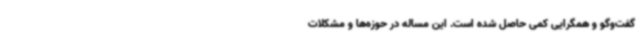
گفت‌وگو و همگرایی کمی حاصل شده است. این مساله در حوزه‌ها و مشکلات